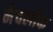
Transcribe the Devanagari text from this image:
मैचलॉक